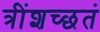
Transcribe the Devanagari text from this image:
त्रींशच्छतं